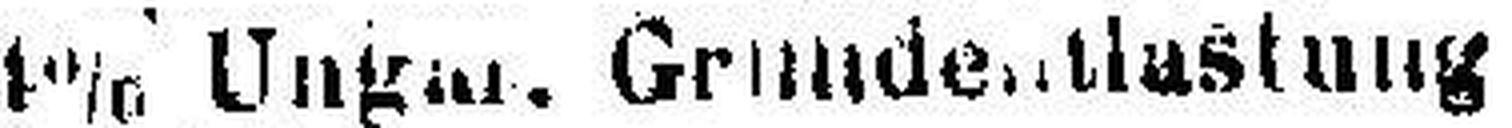
4% Ungar. Grundentlastung